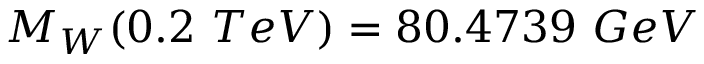
M _ { W } ( 0 . 2 \ T e V ) = 8 0 . 4 7 3 9 \ G e V